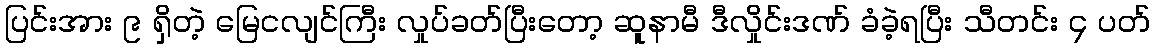
ပြင်းအား ၉ ရှိတဲ့ မြေငလျင်ကြီး လှုပ်ခတ်ပြီးတော့ ဆူနာမီ ဒီလှိုင်းဒဏ် ခံခဲ့ရပြီး သီတင်း ၄ ပတ်